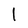
Character: 1